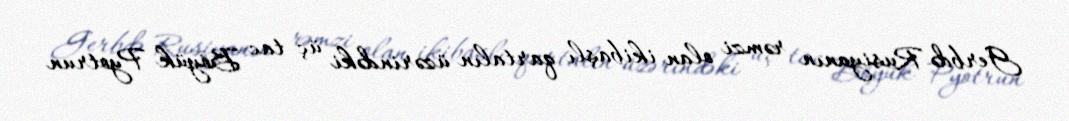
Gerbdə Rusiyanın rəmzi olan ikibaşlı qartalın üzərindəki üç tac Böyük Pyotrun